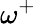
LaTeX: \omega^{+}